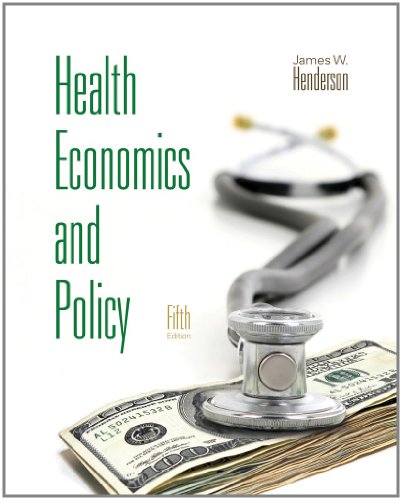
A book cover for Health Economics and Policy (with Economic Applications) (Upper Level Economics Titles); James W. Henderson; Business & Money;